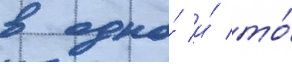
в одно́ и́ то́